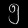
Digit: ၅